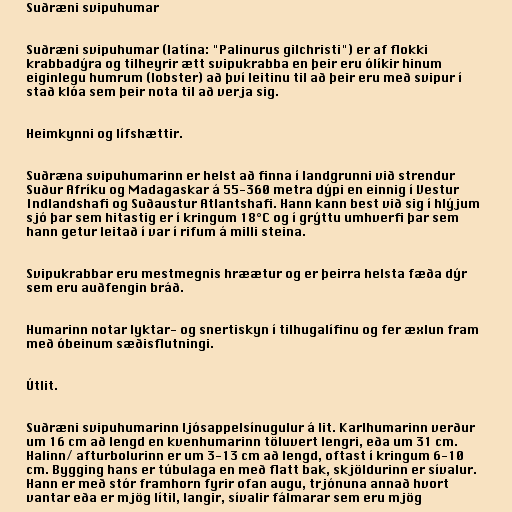
Suðræni svipuhumar

Suðræni svipuhumar (latína: "Palinurus gilchristi") er af flokki
krabbadýra og tilheyrir ætt svipukrabba en þeir eru ólíkir hinum
eiginlegu humrum (lobster) að því leitinu til að þeir eru með svipur í
stað klóa sem þeir nota til að verja sig.

Heimkynni og lífshættir.

Suðræna svipuhumarinn er helst að finna í landgrunni við strendur
Suður Afríku og Madagaskar á 55-360 metra dýpi en einnig í Vestur
Indlandshafi og Suðaustur Atlantshafi. Hann kann best við sig í hlýjum
sjó þar sem hitastig er í kringum 18°C og í grýttu umhverfi þar sem
hann getur leitað í var í rifum á milli steina.

Svipukrabbar eru mestmegnis hræætur og er þeirra helsta fæða dýr
sem eru auðfengin bráð.

Humarinn notar lyktar- og snertiskyn í tilhugalífinu og fer æxlun fram
með óbeinum sæðisflutningi.

Útlit.

Suðræni svipuhumarinn ljósappelsínugulur á lit. Karlhumarinn verður
um 16 cm að lengd en kvenhumarinn töluvert lengri, eða um 31 cm.
Halinn/ afturbolurinn er um 3-13 cm að lengd, oftast í kringum 6-10
cm. Bygging hans er túbulaga en með flatt bak, skjöldurinn er sívalur.
Hann er með stór framhorn fyrir ofan augu, trjónuna annað hvort
vantar eða er mjög lítil, langir, sívalir fálmarar sem eru mjög